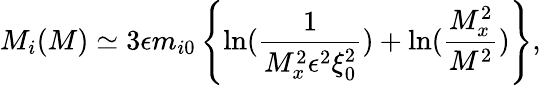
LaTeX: M_{i}(M)\simeq 3\epsilon m_{i0}\left\{ \ln(\frac{1}{M_{x}^{2}\epsilon^{2}\xi_{0}^{2}})+\ln(\frac{M_{x}^{2}}{M^{2}})\right\} ,